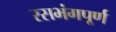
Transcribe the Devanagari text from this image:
रसभंगपूर्ण